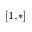
^ { [ 1 , * ] }